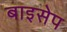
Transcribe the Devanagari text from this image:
बाइसेप